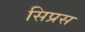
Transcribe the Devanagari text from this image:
सिप्रस